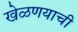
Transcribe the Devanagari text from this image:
खेळणयाची